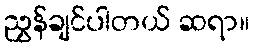
ညွှန်ချင်ပါတယ် ဆရာ။